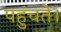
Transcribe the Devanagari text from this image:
पहुंचते।